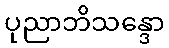
ပုညာဘိသန္ဒော